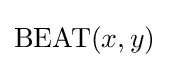
{\text{BEAT}}(x,y)